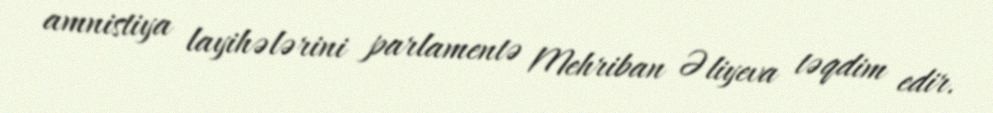
amnistiya layihələrini parlamentə Mehriban Əliyeva təqdim edir.